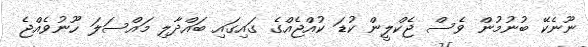
ނޫނެކޭ ބުނުމުން ވެސް ޖެކްލީން ކުޑަ ކުއްޖެއްގެ ގައިގައި ބައްދާލި މައްސަލަ ހޫނުވެއްޖެ